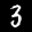
Label: 3